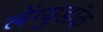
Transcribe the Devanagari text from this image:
लेंग्युडॉक